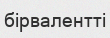
бірвалентті